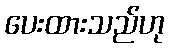
ပေးထားသည်ဟု